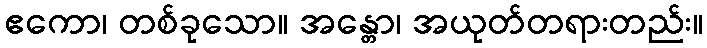
ဧကော၊ တစ်ခုသော။ အန္တော၊ အယုတ်တရားတည်း။